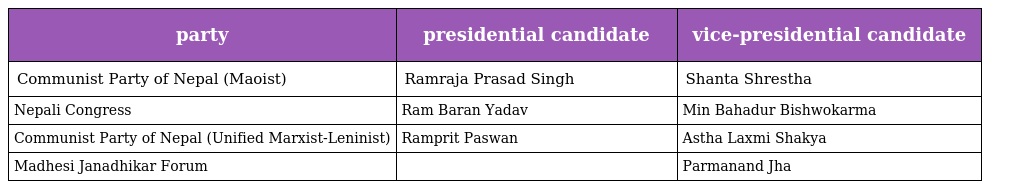
| party | presidential candidate | vice-presidential candidate |
 | --- | --- | --- |
 | Communist Party of Nepal (Maoist) | Ramraja Prasad Singh | Shanta Shrestha |
 | Nepali Congress | Ram Baran Yadav | Min Bahadur Bishwokarma |
 | Communist Party of Nepal (Unified Marxist-Leninist) | Ramprit Paswan | Astha Laxmi Shakya |
 | Madhesi Janadhikar Forum |  | Parmanand Jha |